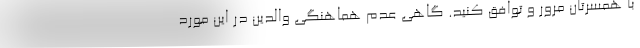
با همسرتان مرور و توافق کنید. گاهی عدم هماهنگی والدین در این مورد